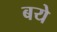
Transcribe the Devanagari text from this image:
बये